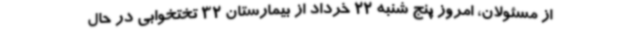
از مسئولان، امروز پنج شنبه 22 خرداد از بیمارستان 32 تختخوابی در حال